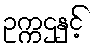
ဥက္ကဌနှင့်